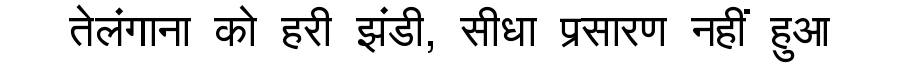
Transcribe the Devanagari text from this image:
तेलंगाना को हरी झंडी, सीधा प्रसारण नहीं हुआ